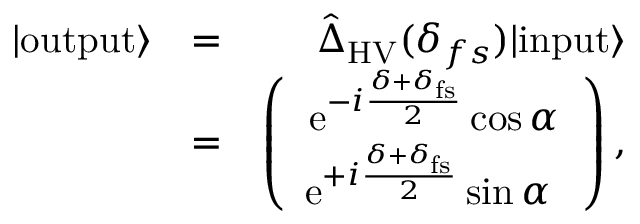
\begin{array} { r l r } { | \mathrm { o u t p u t } \rangle } & { = } & { \hat { \Delta } _ { \mathrm { H V } } ( \delta _ { f s } ) | \mathrm { i n p u t } \rangle } \\ & { = } & { \left( \begin{array} { c } { \mathrm { e } ^ { - i \frac { \delta + \delta _ { \mathrm { f s } } } { 2 } } \cos \alpha } \\ { \mathrm { e } ^ { + i \frac { \delta + \delta _ { \mathrm { f s } } } { 2 } } \sin \alpha \ } \end{array} \right) , } \end{array}